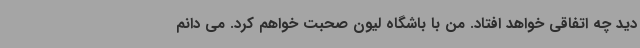
دید چه اتفاقی خواهد افتاد. من با باشگاه لیون صحبت خواهم کرد. می دانم